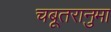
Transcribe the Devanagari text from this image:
चबूतरानुमा